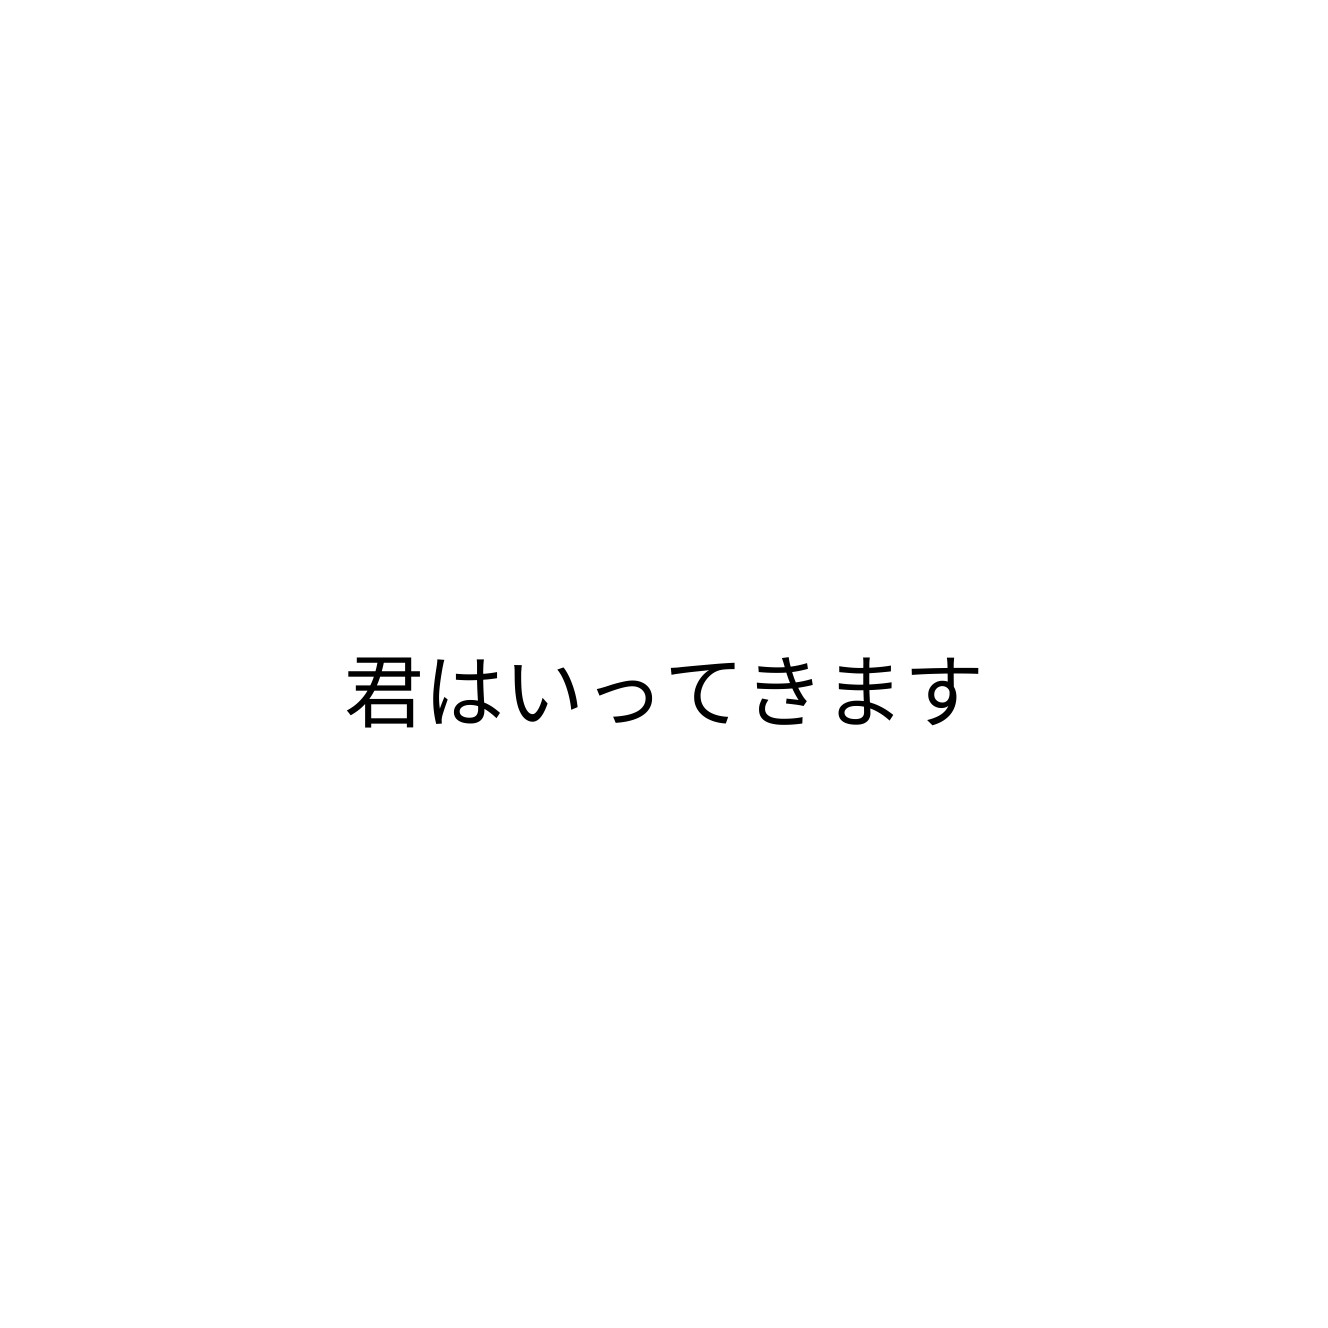
君はいってきます